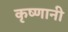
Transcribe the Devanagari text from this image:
कृष्णानी